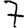
Digit: 7